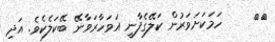
٣٠     ހަމަކަށަވަރުން ކަލޭގެފާނީ އަވަހާރަވާނޭ ބޭކަލެކެވެ. އަދި